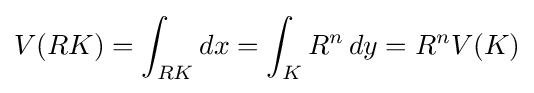
V(RK)=\int _{RK}dx=\int _{K}R^{n}\,dy=R^{n}V(K)